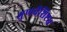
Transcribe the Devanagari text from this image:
गुणवैशिष्ट्य